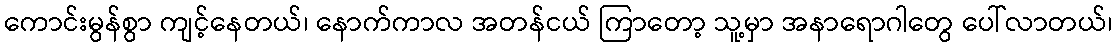
ကောင်းမွန်စွာ ကျင့်နေတယ်၊ နောက်ကာလ အတန်ငယ် ကြာတော့ သူ့မှာ အနာရောဂါတွေ ပေါ်လာတယ်၊